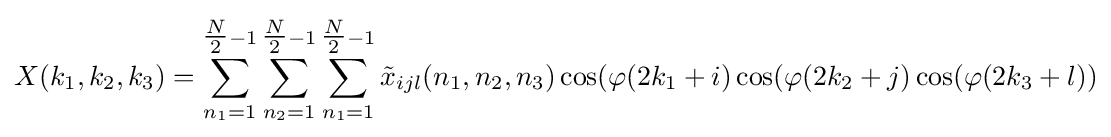
X(k_{1},k_{2},k_{3})=\sum _{n_{1}=1}^{{\tfrac {N}{2}}-1}\sum _{n_{2}=1}^{{\tfrac {N}{2}}-1}\sum _{n_{1}=1}^{{\tfrac {N}{2}}-1}{\tilde {x}}_{ijl}(n_{1},n_{2},n_{3})\cos(\varphi (2k_{1}+i)\cos(\varphi (2k_{2}+j)\cos(\varphi (2k_{3}+l))